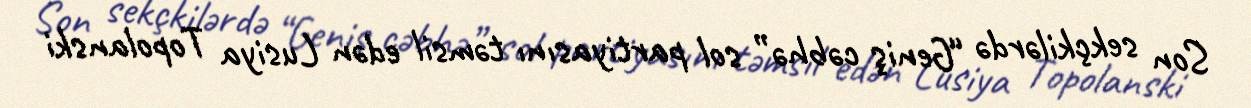
Son sekçkilərdə “Geniş cəbhə” sol partiyasını təmsil edən Lusiya Topolanski